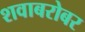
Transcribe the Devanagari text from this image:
शवाबरोबर